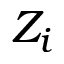
Z _ { i }